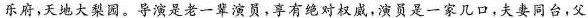
乐府,天地大梨园。导演是老一辈演员,享有绝对权威,演员是一家几口,夫妻同台，父